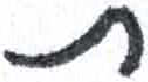
אות: ת